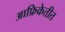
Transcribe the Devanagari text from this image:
आफ्रिकेतीत